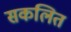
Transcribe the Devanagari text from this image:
सकलित